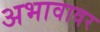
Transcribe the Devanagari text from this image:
अभावावर